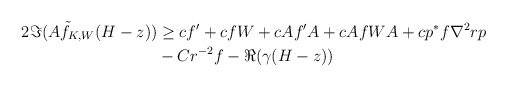
\begin{align*}\begin{aligned}2\Im(A\tilde{f}_{K,W}(H-z)) &\geq cf' + cfW + cAf'A + cAfWA + cp^*f\nabla^2 rp\\& - C r^{-2}f - \Re(\gamma(H-z))\end{aligned}\end{align*}